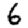
Digit: 6